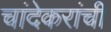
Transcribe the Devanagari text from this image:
चांदेकरांची